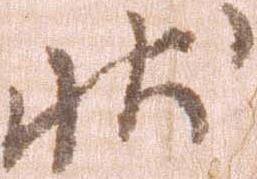
状